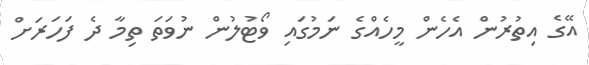
އޭގެ އިތުރުން އެހެން މީހެއްގެ ނަމުގައި ވޯޓުލުން ނުވަތަ ތިމާ ދެ ފަހަރަށް